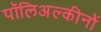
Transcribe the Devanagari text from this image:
पॉलिअल्कीनों